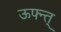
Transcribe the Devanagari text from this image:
ऊफ्न्त्